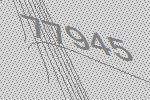
77945